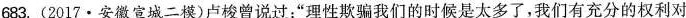
683.(2017·安徽宣城二模)卢梭曾说过：”理性欺骗我们的时候是太多了，我们有充分的权利对